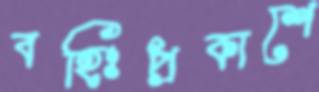
বহিঃপ্রকাশে